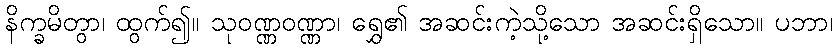
နိက္ခမိတွာ၊ ထွက်၍။ သုဝဏ္ဏဝဏ္ဏာ၊ ရွှေ၏ အဆင်းကဲ့သို့သော အဆင်းရှိသော။ ပဘာ၊